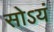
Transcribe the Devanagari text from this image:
सोऽयं